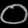
Digit: ၀